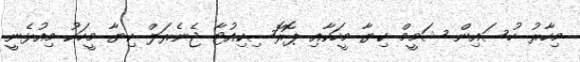
މިހާރު ހުސައިން ޝަމީމް ކިޔާ މީހަކާއި ޕޮރޮސިކިއުޓާ ޖެނެރަލް ކިޔާ މީހަކު މިއުޅެނީ